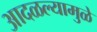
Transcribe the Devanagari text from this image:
आदळल्यामुळे